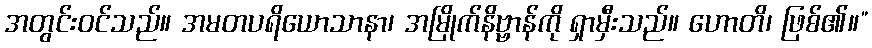
အတွင်းဝင်သည်။ အမတပရိယောသာနာ၊ အမြိုက်နိဗ္ဗာန်ကို ရှာမှီးသည်။ ဟောတိ၊ ဖြစ်၏။”